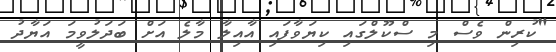
"ކުރިން ވެސް މި ސްކޫލްގައި ކިޔަވާފައި އާއިލާ މާލެ އަށް ބަދަލުވީމަ އަޔާދު